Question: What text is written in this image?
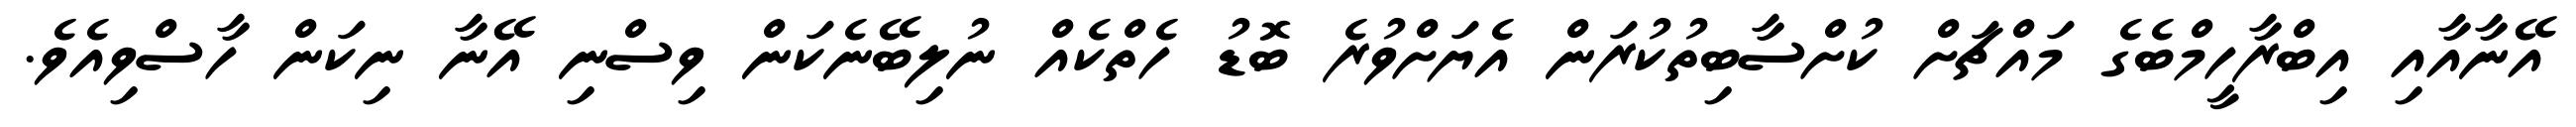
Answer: އޭނާއާއި އިބްރާހީމްބެގެ މައްޗަށް ކުށްސާބިތުކުރަން އެޔަށްވުރެ ބޮޑު ހެތްކެއް ނުލިބޭނެކަން ވިސްނި އޭނާ ނިކަން ހާސްވިއެވެ.